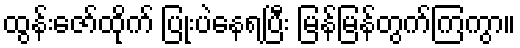
ထွန်းဇော်ထိုက် ပြုံးပဲနေရပြီး မြန်မြန်တွက်ကြကွာ။